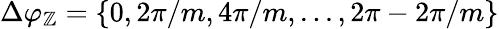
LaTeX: \Delta\varphi_{\mathbb{Z}}=\{ 0,2\pi/m,4\pi/m,...,2\pi-2\pi/m\}